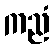
ကညံ